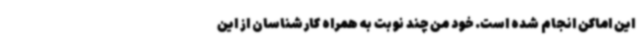
این اماکن انجام شده است. خود من چند نوبت به همراه کارشناسان از این